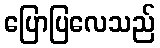
ပြောပြလေသည်